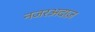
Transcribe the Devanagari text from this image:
नजरअदाज़